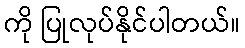
ကို ပြုလုပ်နိုင်ပါတယ်။